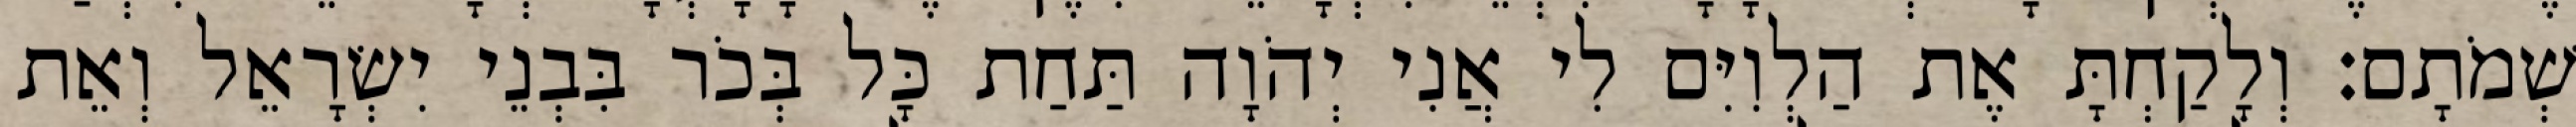
שְׁמֹתָם׃ וְלָקַחְתָּ אֶת הַלְוִיִּם לִי אֲנִי יְהֹוָה תַּחַת כָּל בְּכֹר בִּבְנֵי יִשְׂרָאֵל וְאֵת